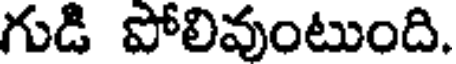
గుడి పోలివుంటుంది.